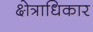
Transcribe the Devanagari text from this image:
क्ष्‍ोत्राधिकार